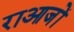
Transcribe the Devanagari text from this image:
राआजों